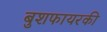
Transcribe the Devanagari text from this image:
बुशफायरकी